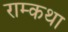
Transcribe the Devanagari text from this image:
राम्कथा